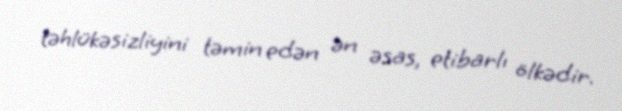
təhlükəsizliyini təmin edən ən əsas, etibarlı ölkədir.